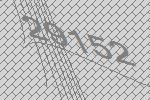
29152